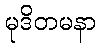
မုဒိတမနာ